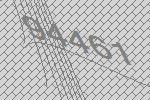
94461